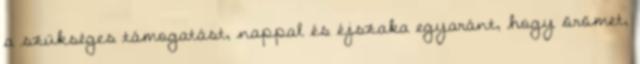
a szükséges támogatást, nappal és éjszaka egyaránt, hogy örömet,